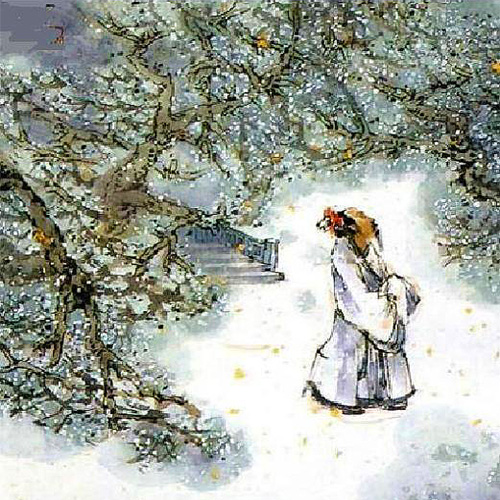
离恨恰如春草，更行更远还生。